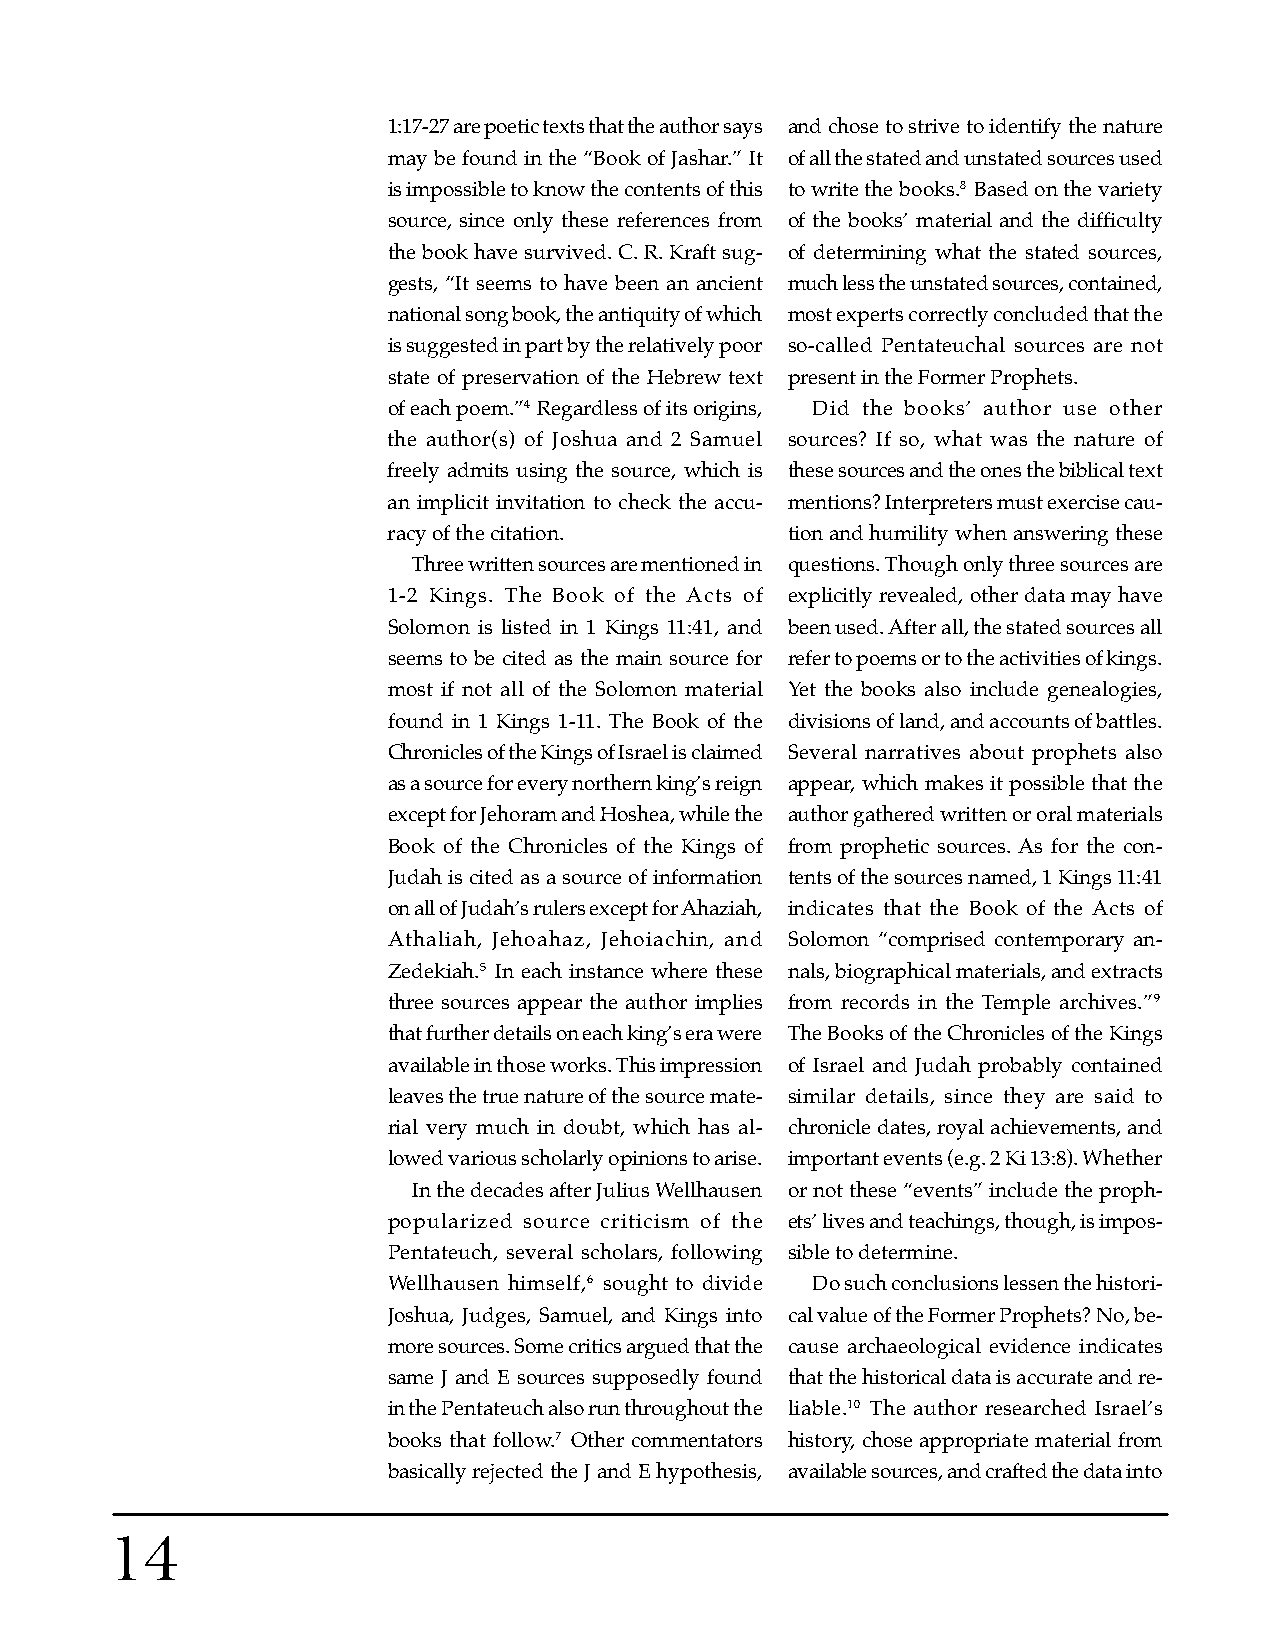
1:17-27 are poetic texts that the author says and chose to strive to identify the nature
 may be found in the “Book of Jashar.” It of all the stated and unstated sources used
 is impossible to know the contents of this to write the books.8 Based on the variety
 source, since only these references from of the books’ material and the difficulty
 the book have survived. C. R. Kraft sug- of determining what the stated sources,
 gests, “It seems to have been an ancient much less the unstated sources, contained,
 national song book, the antiquity of which most experts correctly concluded that the
 is suggested in part by the relatively poor so-called Pentateuchal sources are not
 state of preservation of the Hebrew text present in the Former Prophets.
 of each poem.”4 Regardless of its origins, Did the books’ author use other
 the author(s) of Joshua and 2 Samuel sources? If so, what was the nature of
 freely admits using the source, which is these sources and the ones the biblical text
 an implicit invitation to check the accu- mentions? Interpreters must exercise cau-
 racy of the citation.     tion and humility when answering these
 Three written sources are mentioned in questions. Though only three sources are
 1-2 Kings. The Book of the Acts of explicitly revealed, other data may have
 Solomon is listed in 1 Kings 11:41, and been used. After all, the stated sources all
 seems to be cited as the main source for refer to poems or to the activities of kings.
 most if not all of the Solomon material Yet the books also include genealogies,
 found in 1 Kings 1-11. The Book of the divisions of land, and accounts of battles.
 Chronicles of the Kings of Israel is claimed Several narratives about prophets also
 as a source for every northern king’s reign appear, which makes it possible that the
 except for Jehoram and Hoshea, while the author gathered written or oral materials
 Book of the Chronicles of the Kings of from prophetic sources. As for the con-
 Judah is cited as a source of information tents of the sources named, 1 Kings 11:41
 on all of Judah’s rulers except for Ahaziah, indicates that the Book of the Acts of
 Athaliah, Jehoahaz, Jehoiachin, and Solomon “comprised contemporary an-
 Zedekiah.5 In each instance where these nals, biographical materials, and extracts
 three sources appear the author implies from records in the Temple archives.”9
 that further details on each king’s era were The Books of the Chronicles of the Kings
 available in those works. This impression of Israel and Judah probably contained
 leaves the true nature of the source mate- similar details, since they are said to
 rial very much in doubt, which has al- chronicle dates, royal achievements, and
 lowed various scholarly opinions to arise. important events (e.g. 2 Ki 13:8). Whether
 In the decades after Julius Wellhausen or not these “events” include the proph-
 popularized source criticism of the ets’ lives and teachings, though, is impos-
 Pentateuch, several scholars, following sible to determine.
 Wellhausen himself,6 sought to divide Do such conclusions lessen the histori-
 Joshua, Judges, Samuel, and Kings into cal value of the Former Prophets? No, be-
 more sources. Some critics argued that the cause archaeological evidence indicates
 same J and E sources supposedly found that the historical data is accurate and re-
 in the Pentateuch also run throughout the liable.10 The author researched Israel’s
 books that follow.7 Other commentators history, chose appropriate material from
 basically rejected the J and E hypothesis, available sources, and crafted the data into
 14